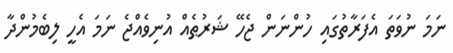
ނަމަ ނުވަތަ އެފަރާތުގައި ހުންނަން ޖެހޭ ޝަރުޠެއް އުނިވެއްޖެ ނަމަ އެހީ ލިބެމުންދާ